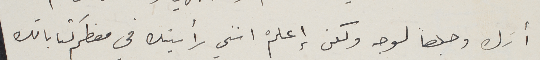
أرك وجهاً لوجه ولكن إعلمْ انني رأيتك في معظم كتاباتك